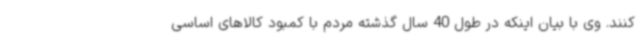
کنند. وی با بیان اینکه در طول 40 سال گذشته مردم با کمبود کالاهای اساسی